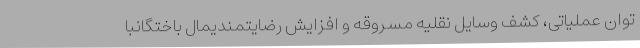
توان عملیاتی، کشف وسایل نقلیه مسروقه و افزایش رضایتمندیمال باختگانبا